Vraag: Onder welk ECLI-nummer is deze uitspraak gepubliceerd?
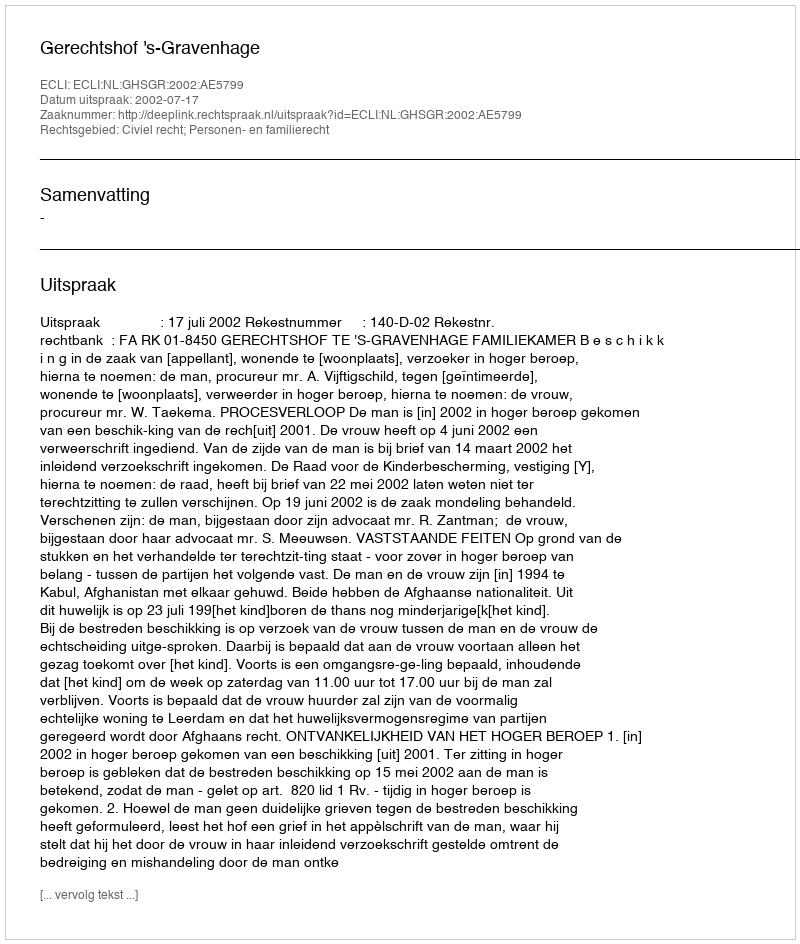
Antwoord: ECLI:NL:GHSGR:2002:AE5799